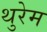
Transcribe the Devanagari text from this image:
थुरेम